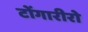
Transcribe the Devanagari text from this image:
टोंगारीरो